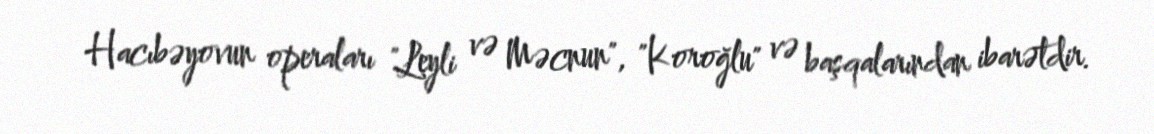
Hacıbəyovun operaları "Leyli və Məcnun", "Koroğlu" və başqalarından ibarətdir.